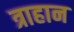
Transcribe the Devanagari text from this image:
त्राहान